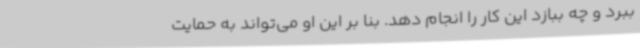
ببرد و چه ببازد این کار را انجام دهد. بنا بر این او می‌تواند به حمایت